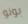
بونو